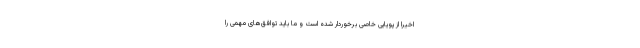
اخیرا از پویایی خاصی برخوردار شده است و ما باید توافق‌های مهمی را